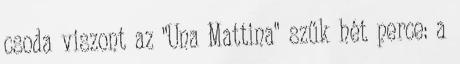
csoda viszont az "Una Mattina" szűk hét perce: a